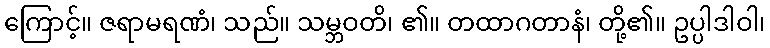
ကြောင့်။ ဇရာမရဏံ၊ သည်။ သမ္ဘဝတိ၊ ၏။ တထာဂတာနံ၊ တို့၏။ ဥပ္ပါဒါဝါ၊